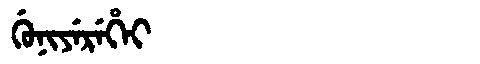
Manchu: ᡤᡠᠨᡳᠶᡝᡵᡝᡥᡝᡳ
Romanization: GUNIYEREHEI